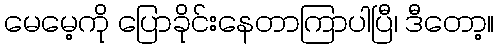
မေမေ့ကို ပြောခိုင်းနေတာကြာပါပြီ၊ ဒီတော့။